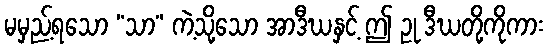
မမှည့်ရသော “သာ” ကဲ့သို့သော အာဒီဃနှင့် ဤ ဥု ဒီဃတို့ကိုကား